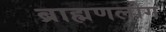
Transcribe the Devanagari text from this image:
ब्राह्मणलोग